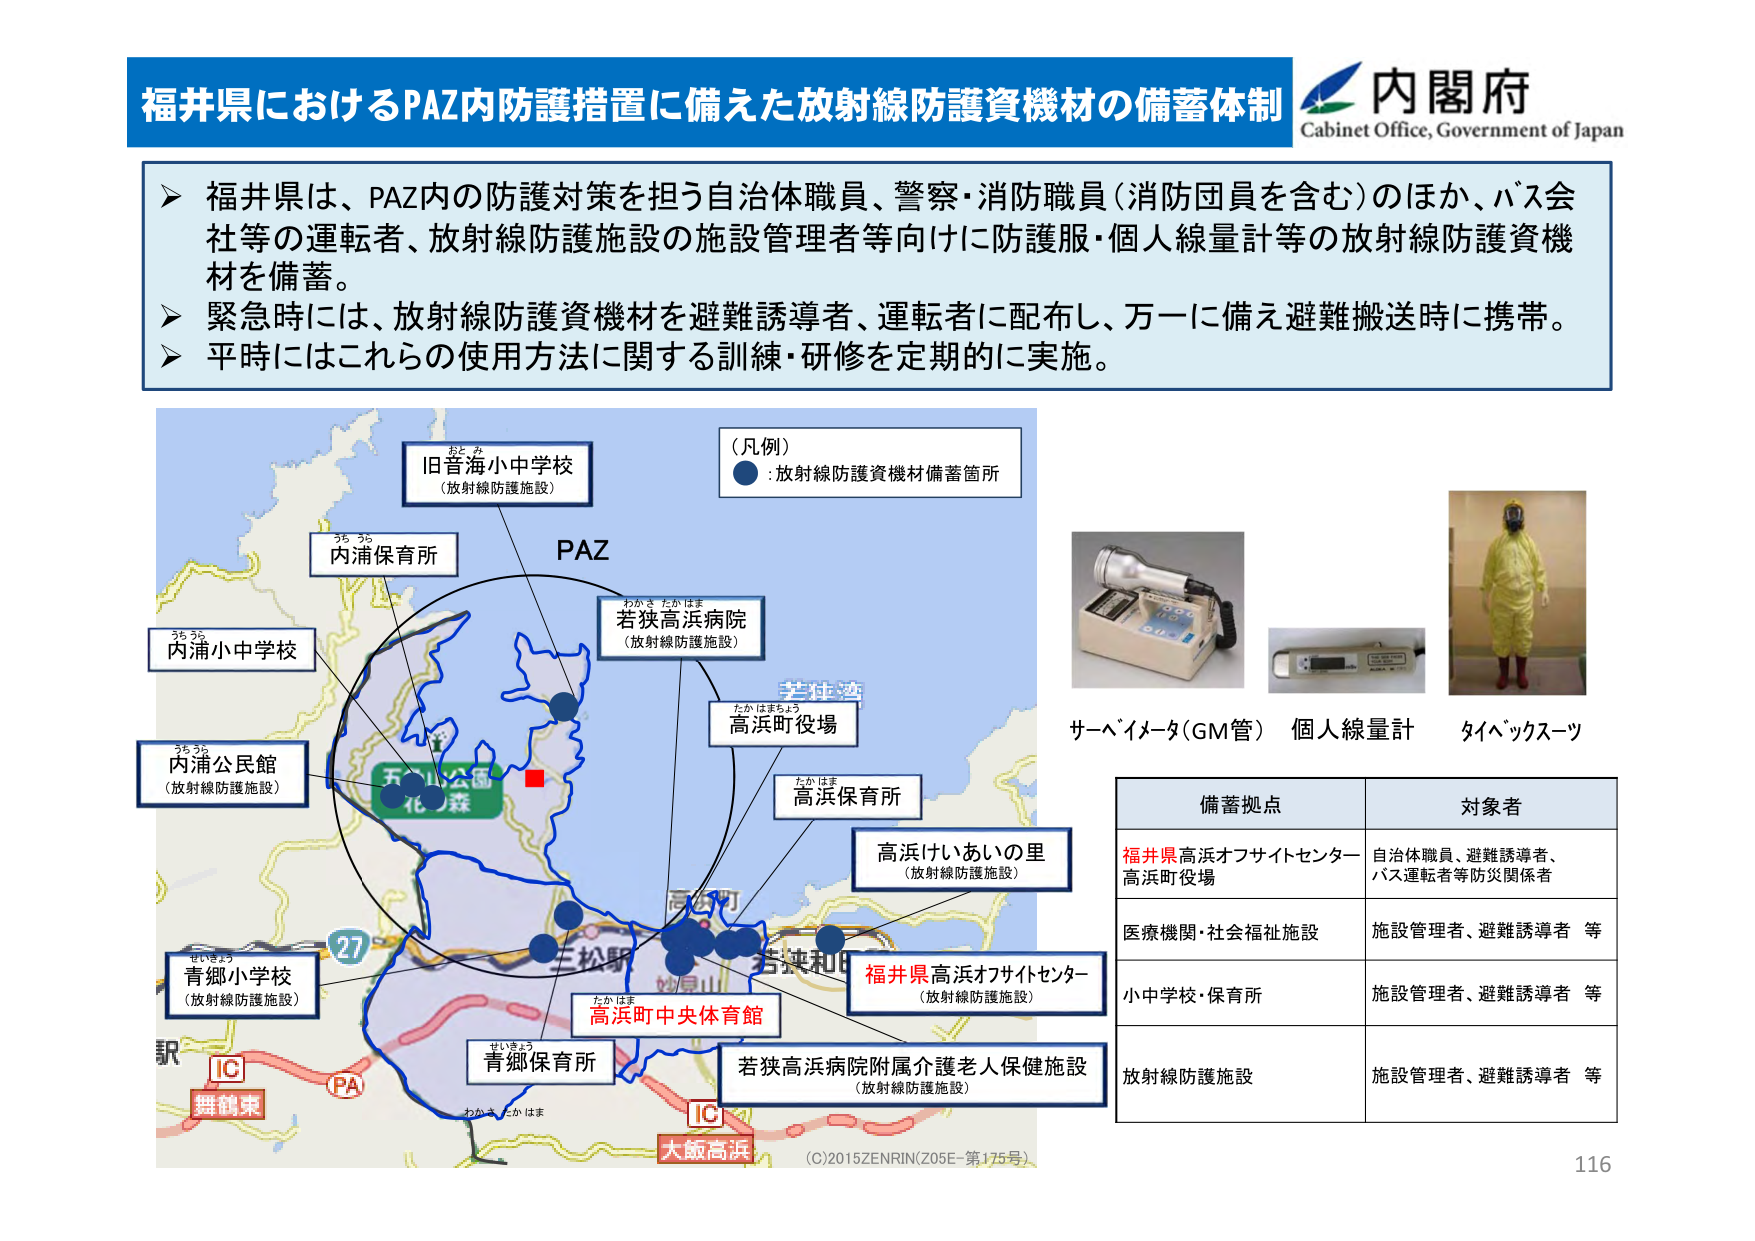
福井県におけるPAZ内防護措置に備えた放射線防護資機材の備蓄体制
内閣府
Cabinet Office, Government of Japan
▶ 福井県は、PAZ内の防護対策を担う自治体職員、警察・消防職員（消防団員を含む）のほか、バス会社等の運転者、放射線防護施設の施設管理者等向けに防護服・個人線量計等の放射線防護資機材を備蓄。
▶ 緊急時には、放射線防護資機材を避難誘導者、運転者に配布し、万一に備え避難搬送時に携帯。
▶ 平時にはこれらの使用方法に関する訓練・研修を定期的に実施。
（凡例）
● : 放射線防護資機材備蓄箇所
旧音海小中学校
（放射線防護施設）
PAZ
内浦保育所
若狭高浜病院
（放射線防護施設）
内浦小中学校
内浦公民館
（放射線防護施設）
高浜町役場
高浜保育所
高浜けいあいの里
（放射線防護施設）
福井県高浜オフサイトセンター
（放射線防護施設）
青郷小学校
（放射線防護施設）
高浜町中央体育館
青郷保育所
若狭高浜病院附属介護老人保健施設
（放射線防護施設）
IC
舞鶴東
PA
IC
大飯高浜
（C）2015ZENRIN（Z05E-第175号）
サーベイメータ（GM管） 個人線量計 タイベックスツ
備蓄拠点 対象者
福井県高浜オフサイトセンター
高浜町役場 自治体職員、避難誘導者、
バス運転者等防災関係者
医療機関・社会福祉施設 施設管理者、避難誘導者 等
小中学校・保育所 施設管理者、避難誘導者 等
放射線防護施設 施設管理者、避難誘導者 等
116